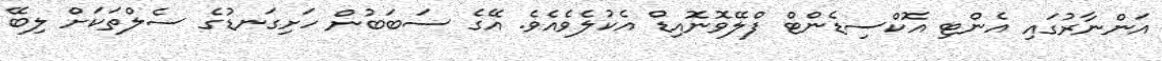
އަންނާރުގައި އެންޓި އޮކްސިޑެންޓް ފްލޭވޮނޮއިޑް އެކުލެވެއެވެ. އޭގެ ސަބަބުން ހަށިގަނޑުގެ ސެލްތަކަށް ލިބޭ